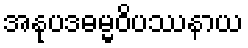
အနုပဒဓမ္မဝိပဿနာယ